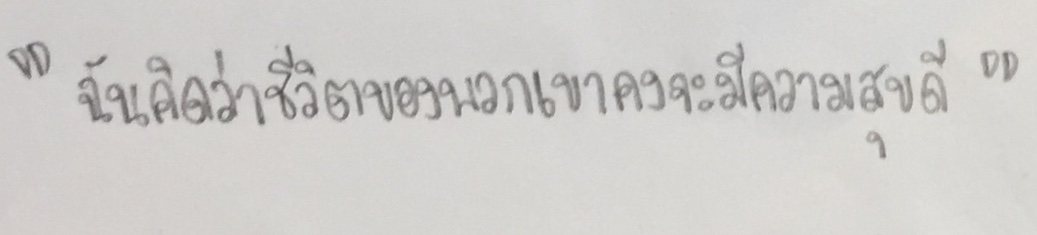
"ฉันคิดว่าชีวิตของพวกเขาคงจะมีความสุขดี"